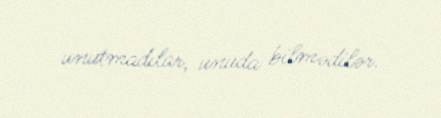
unutmadılar, unuda bilmədilər.